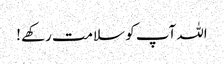
اللہ آپ کو سلامت رکھے !